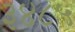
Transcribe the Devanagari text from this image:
३४८५